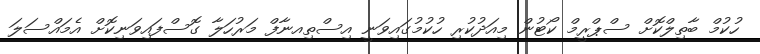
ހުކުމް ބާތިލްކޮށް ސްޕްރީމް ކޯޓުން މިއަދުކުރި ހުކުމުގައިވަނީ އިސްތިއނާފް މަރުހަލާ ގޮސްފައިވަނިކޮށް އެމައްސަލަ